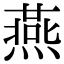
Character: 燕